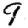
Digit: 9